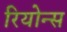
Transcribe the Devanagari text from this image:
रियोन्स